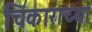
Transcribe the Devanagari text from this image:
चिंकाराच्या